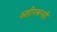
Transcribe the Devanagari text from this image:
अहीरबन्सी